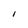
Character: l